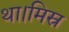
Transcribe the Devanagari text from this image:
था।मिस्र